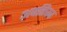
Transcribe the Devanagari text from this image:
अपरिक्व